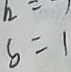
b = 1